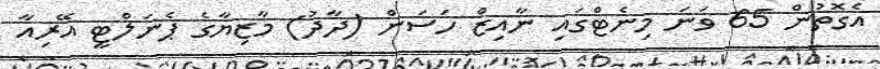
އެގޮތުން 65 ވަނަ މިނެޓްގައި ނާއިޒް ހަސަން (ދާދު) މާޒިޔާގެ ޕެނަލްޓީ އޭރިއާ